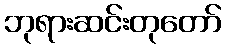
ဘုရားဆင်းတုတော်